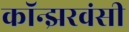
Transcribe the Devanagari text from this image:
कॉन्झरवंसी